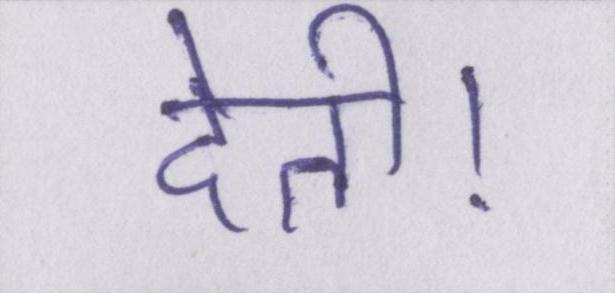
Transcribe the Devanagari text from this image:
देती।